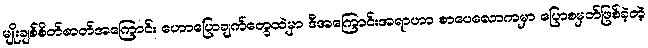
မျိုးချစ်စိတ်ဓာတ်အကြောင်း ဟောပြောချက်တွေထဲမှာ ဒီအကြောင်းအရာဟာ စာပေလောကမှာ ပြောစမှတ်ဖြစ်ခဲ့တဲ့